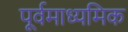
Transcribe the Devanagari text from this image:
पूर्वमाध्यमिक